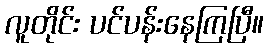
လူတိုင်း ပင်ပန်းနေကြပြီ။